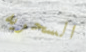
السحريه